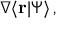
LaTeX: \nabla \langle \mathbf { r } | \Psi \rangle \, ,